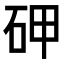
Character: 𥑐